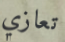
تعازي